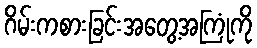
ဂိမ်းကစားခြင်းအတွေ့အကြုံကို